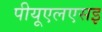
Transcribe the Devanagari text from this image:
पीयूएलएसइ